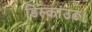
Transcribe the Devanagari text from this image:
डिस्कांउट।